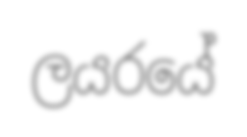
ලයරයේ